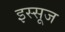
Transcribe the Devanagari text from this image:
इस्सूज